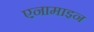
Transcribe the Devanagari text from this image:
एनामाइन